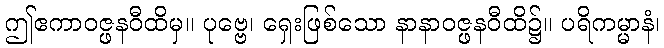
ဤဧကာဝဇ္ဖနဝီထိမှ။ ပုဗ္ဗေ၊ ရှေးဖြစ်သော နာနာဝဇ္ဖနဝီထိ၌။ ပရိကမ္မာနံ၊